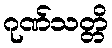
ဂုဏ်သတ္တိ